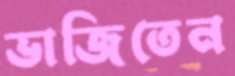
ভাজিতেন